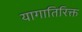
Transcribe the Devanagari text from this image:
यागातिरिक्त